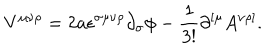
V ^ { \mu \nu \rho } = 2 a \epsilon ^ { \sigma \mu \nu \rho } \partial _ { \sigma } \phi - \frac { 1 } { 3 ! } \partial ^ { [ \mu } A ^ { \nu \rho ] } .